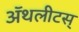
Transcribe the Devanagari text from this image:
ॲथलीटस्